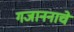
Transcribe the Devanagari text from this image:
गजाननाचे